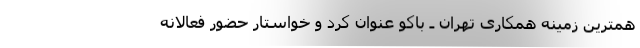
همترین زمینه همکاری تهران ـ باکو عنوان کرد و خواستار حضور فعالانه